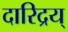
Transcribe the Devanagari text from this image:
दारिद्रय्